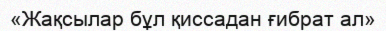
«Жақсылар бұл қиссадан ғибрат ал»